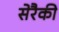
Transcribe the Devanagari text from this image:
सेरैकी